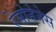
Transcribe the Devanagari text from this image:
रेसोनेनेस